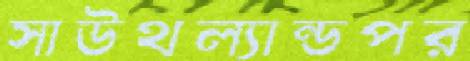
সাউথল্যান্ডপর